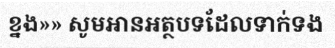
ខ្នង»» សូមអានអត្ថបទដែលទាក់ទង